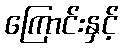
ကြောင်းနှင့်